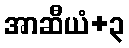
အာဆီယံ+၃